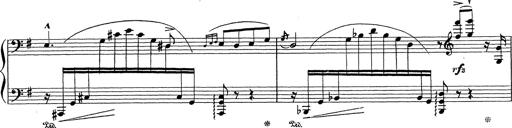
Title: Grosses Konzertsolo
Composer: Franz Liszt